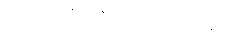
ဒါက သုံးလို့ရသေးလား။